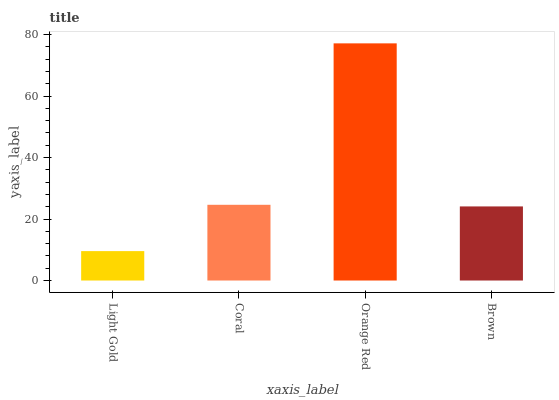
| xaxis_label | bars |
 | --- | --- |
 | Light Gold | 9.57 |
 | Coral | 24.6 |
 | Orange Red | 77.1 |
 | Brown | 24.1 |